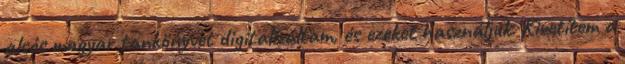
alsós magyar tankönyvet digitalizáltam, és ezeket használjuk. Kivetítem a